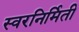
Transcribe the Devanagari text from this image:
स्वरनिर्मिती